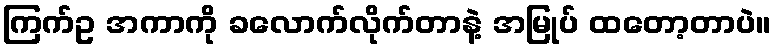
ကြက်ဥ အကာကို ခလောက်လိုက်တာနဲ့ အမြုပ် ထတော့တာပဲ။